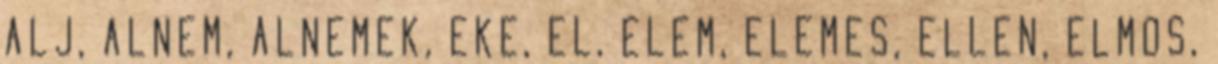
ALJ, ALNEM, ALNEMEK, EKE, EL, ELEM, ELEMES, ELLEN, ELMOS,